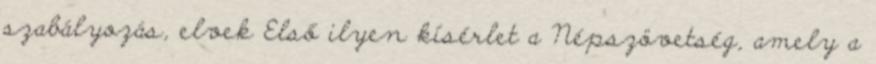
szabályozás, elvek Első ilyen kísérlet a Népszövetség, amely a